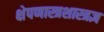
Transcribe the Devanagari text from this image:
क्षेपणास्त्रशास्त्रज्ञ